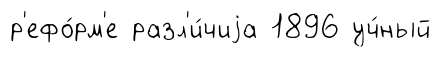
р'ефо́рм'е разл'и́чиjа 1896 уч́ный